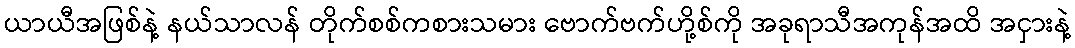
ယာယီအဖြစ်နဲ့ နယ်သာလန် တိုက်စစ်ကစားသမား ဗောက်ဗက်ဟို့စ်ကို အခုရာသီအကုန်အထိ အငှားနဲ့